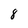
Character: 8